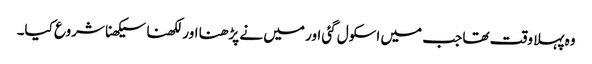
وہ پہلا وقت تھا جب میں اسکول گئی اور میں نے پڑھنا اور لکھنا سیکھنا شروع کیا۔